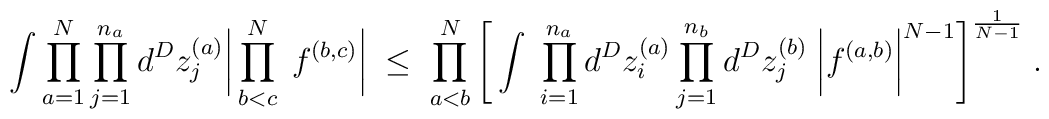
\int \prod_{a=1}^N \prod_{j=1}^{n_a} d^Dz_j^{(a)}\bigg| \prod_{b<c}^N  \; f^{(b,c)} \bigg| \; \leq \;\prod_{a<b}^N \Bigg[ \int \;\prod_{i=1}^{n_a} d^Dz_i^{(a)} \prod_{j=1}^{n_b} d^Dz_j^{(b)} \;\bigg| f^{(a,b)} \bigg|^{N-1} \Bigg]^{\frac{1}{N-1}} \; .